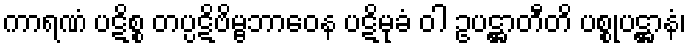
ကာရဏံ ပဋိစ္စ တပ္ပဋိဗိမ္ဗဘာဝေန ပဋိမုခံ ဝါ ဥပဋ္ဌာတီတိ ပစ္စုပဋ္ဌာနံ၊